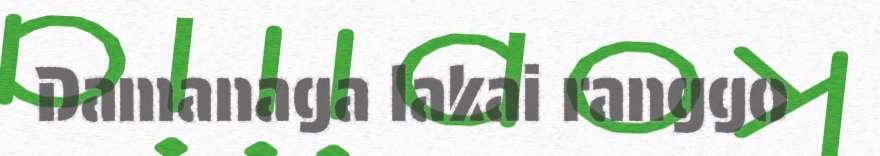
Damanaga lakai ranggo